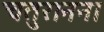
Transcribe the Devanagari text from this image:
चतुरानना